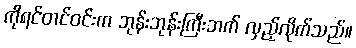
ကိုရင်တင်ဝင်းက ဘုန်းဘုန်းကြီးဘက် လှည့်လိုက်သည်။